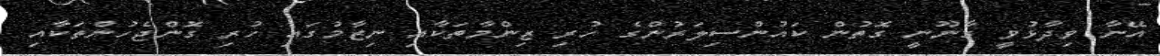
އޭނާ ވިދާޅުވީ ގާނޫނީ ގޮތުން ކައުންސިލަރުންގެ ހުރި ޒިންމާތަކާއި ނިޒާމުގައި ހުރި ގޮންޖެހުންތަކާއި